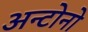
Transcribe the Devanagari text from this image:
अन्टोनो